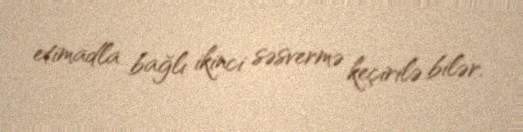
etimadla bağlı ikinci səsvermə keçirilə bilər.